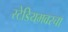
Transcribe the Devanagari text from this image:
स्टेडियमवरचा